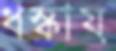
ধস্‌কায়